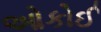
ઓકોઈ